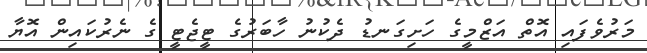
މަރުވެފައި އޮތް އަޒްމީގެ ހަށިގަނޑު ދެކުނު ހާބަރުގެ ޓީޖެޓީ ގެ ނެރުކައިިން އޮޔާ